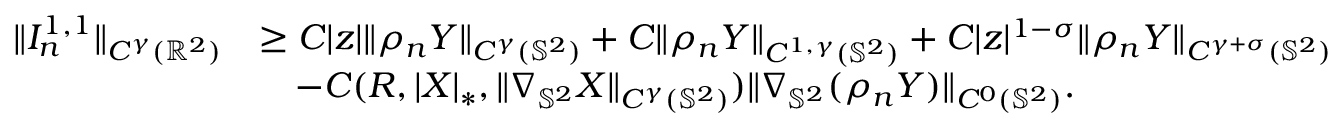
\begin{array} { r l } { \| I _ { n } ^ { 1 , 1 } \| _ { C ^ { \gamma } ( \mathbb { R } ^ { 2 } ) } } & { \geq C | z | \| \rho _ { n } \boldsymbol { Y } \| _ { C ^ { \gamma } ( \mathbb { S } ^ { 2 } ) } + C \| \rho _ { n } \boldsymbol { Y } \| _ { C ^ { 1 , \gamma } ( \mathbb { S } ^ { 2 } ) } + C | z | ^ { 1 - \sigma } \| \rho _ { n } \boldsymbol { Y } \| _ { C ^ { \gamma + \sigma } ( \mathbb { S } ^ { 2 } ) } } \\ & { \quad - C ( R , | \boldsymbol { X } | _ { * } , \| \nabla _ { \mathbb { S } ^ { 2 } } \boldsymbol { X } \| _ { C ^ { \gamma } ( { \mathbb { S } ^ { 2 } } ) } ) \| \nabla _ { \mathbb { S } ^ { 2 } } ( \rho _ { n } \boldsymbol { Y } ) \| _ { C ^ { 0 } ( \mathbb { S } ^ { 2 } ) } . } \end{array}